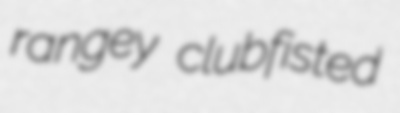
rangey clubfisted